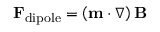
\mathbf { F } _ { \mathrm { d i p o l e } } = \left( \mathbf { m } \cdot \nabla \right) \mathbf { B }